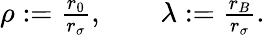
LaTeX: \begin{array}{r}{\rho:={\frac{r_{0}}{r_{\sigma}}},\qquad\lambda:={\frac{r_{B}}{r_{\sigma}}}.}\end{array}